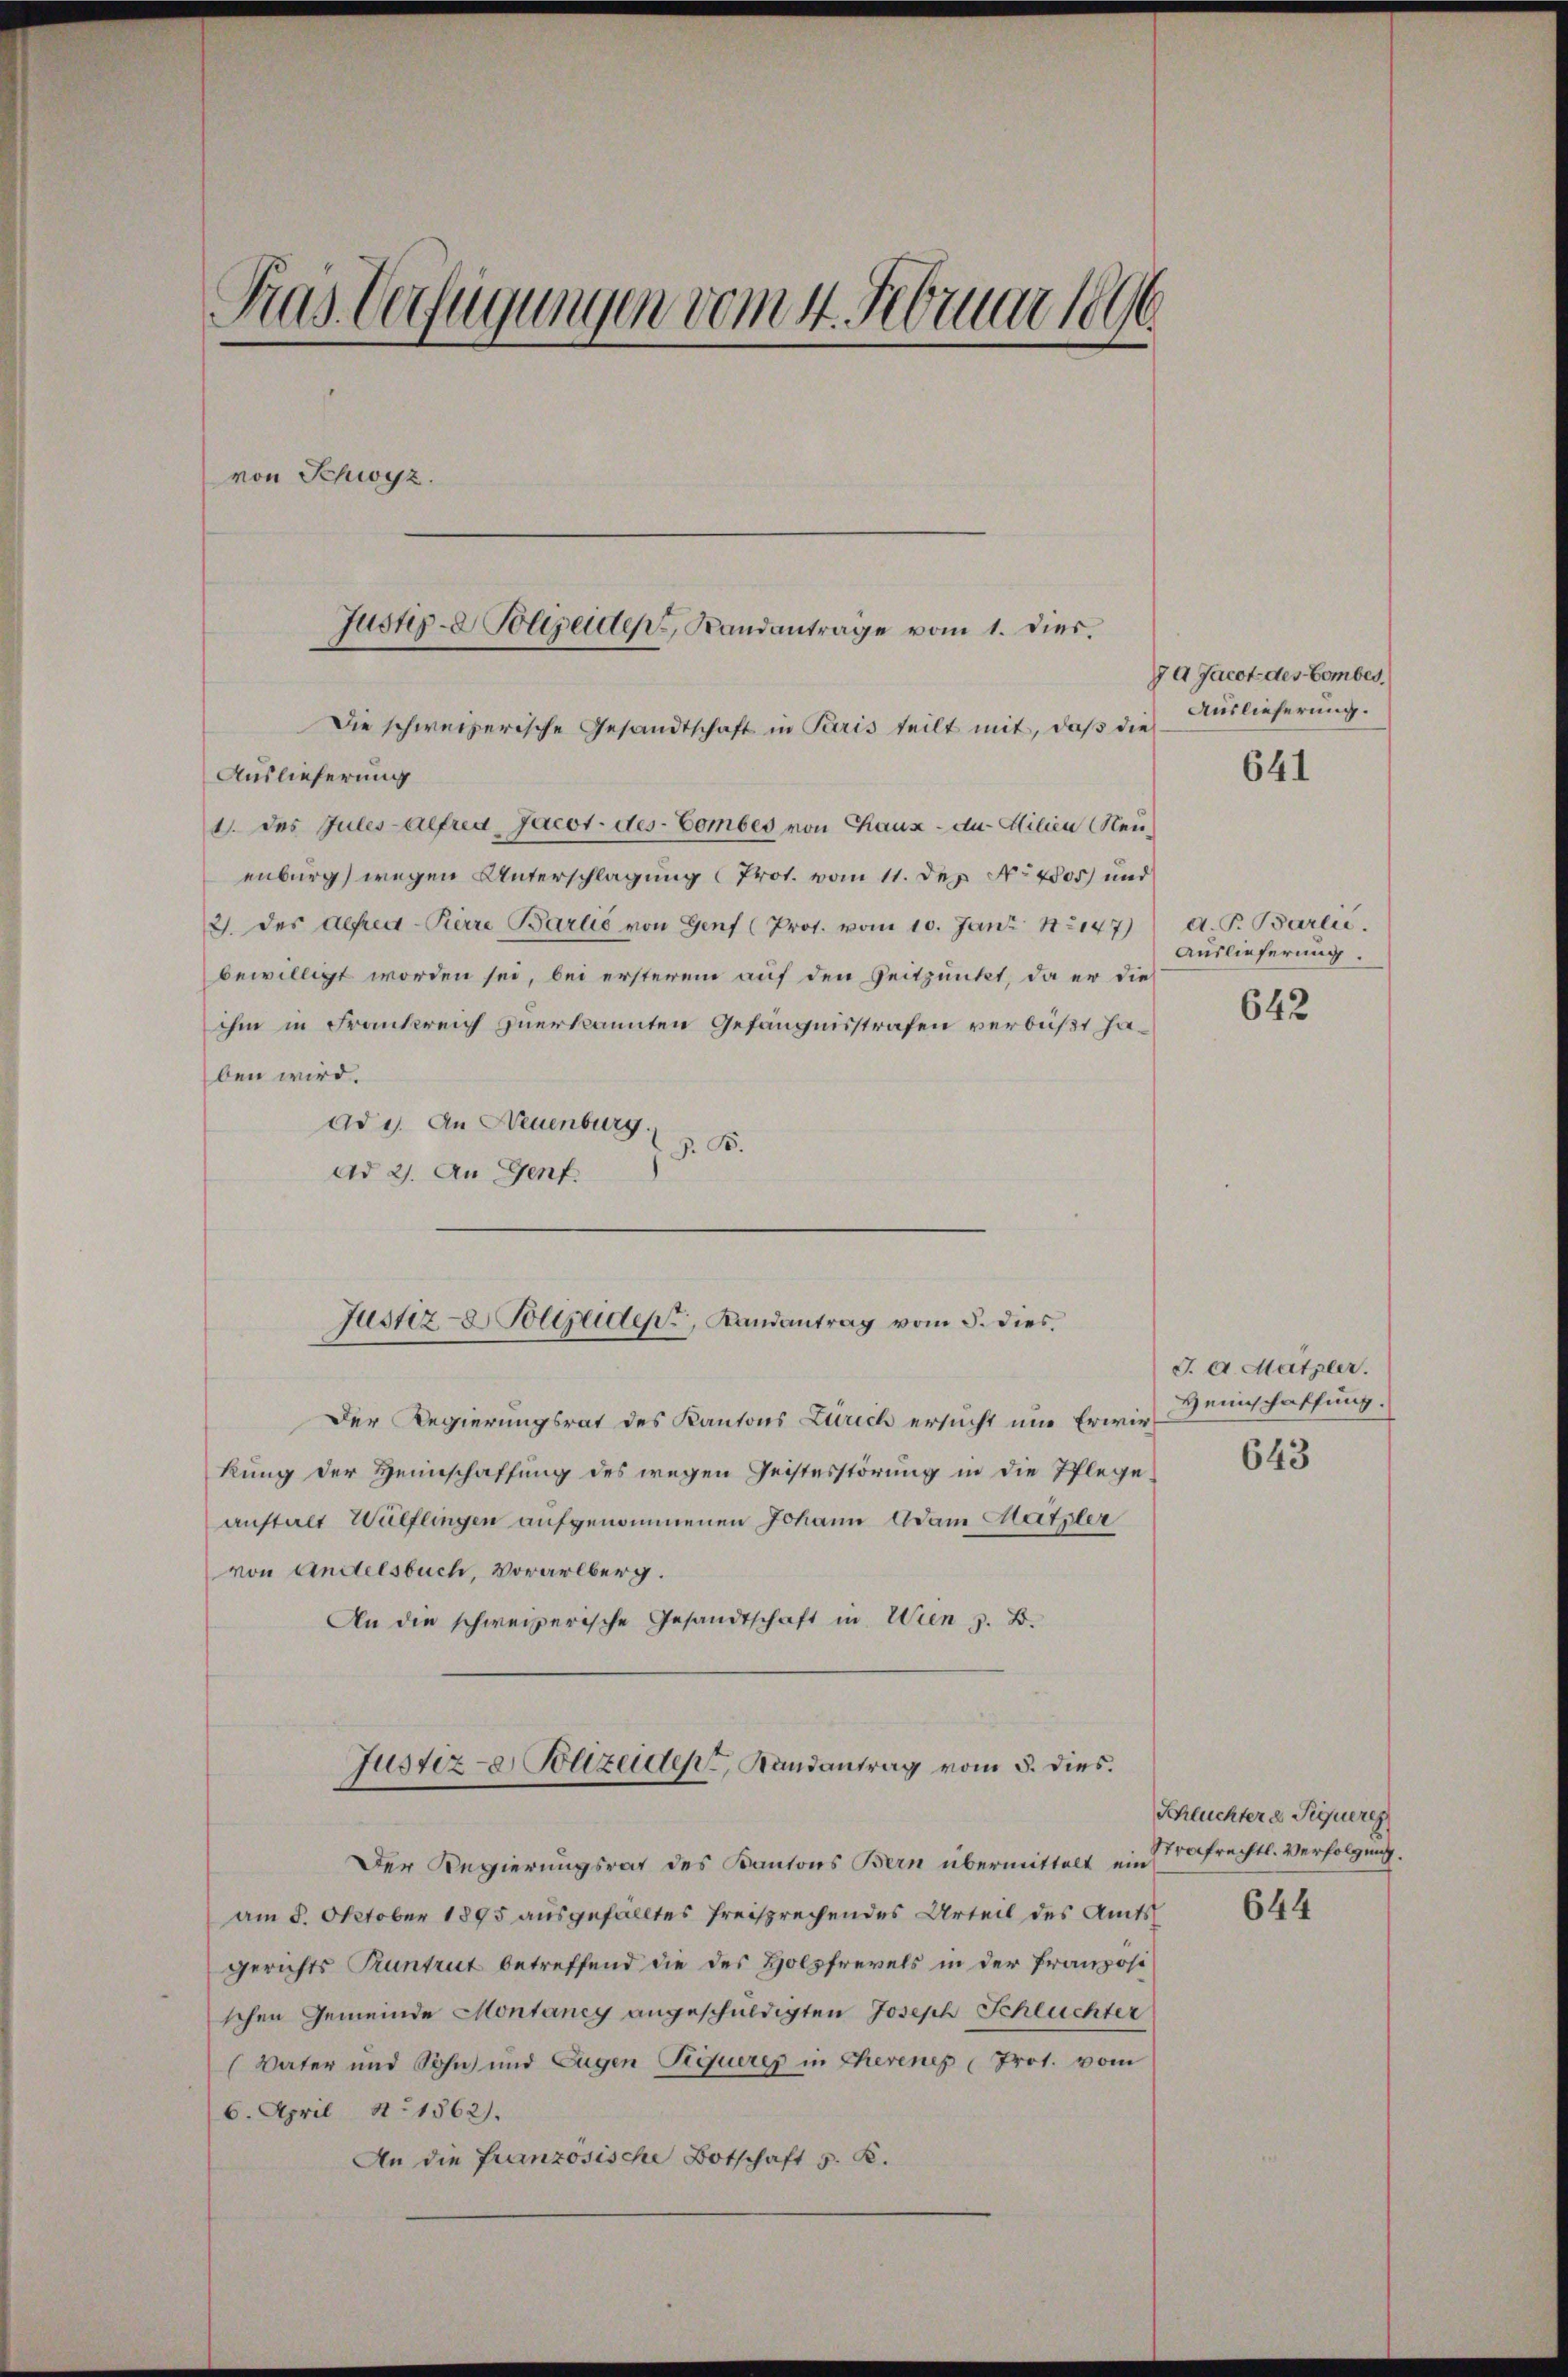
Pras Verfügungen vom 4. Februar 1896
von Schwyz.
Justiz- & Polizeiden Randantrage vom 1. dies.
Die schweizerische Gesandtschaft in Paris teilt mit, daβ die
Auslieferung

1. des Jules-alfred Jacot-des-Combes von Chaux-der Milien (Neu
enburg wegen Unterschlagung (Prot. vom 11. Dez. No 4805) und
2. des Alfred-Pierre Barlić von Genf (Prot. vom 10. Juni 182147)
bewilligt worden sei, bei ersterem auf den Zeitpunkt, da er die
ihm in Frankreich zuerkannten Gefängnisstrafen verbüßt haben wird.
ade. An Neuenburg
J. B.
dd 2. An Genf.

Der Regierungsrat des Kantons Zürich ersucht um Erwirkung der Heimschaffung des wegen Geistesstörung in die Pflegeanstalt Wülflingen aufgenommenen Johann Adam Matzler
von Andelsbuch, Vorarlberg.
An die schweizerische Gesandtschaft in Wien z. B.
Justiz- Polizeides Randantrag vom 5. dies
Der Regierungsrat des Kantons Bern übermittelt ein Strafrechtl. Verfolgung.
am 8. October 1895 ausgefälltes freisprechendes Urteil des Amts
gerichts Kuntrut betreffend die des Holzfrevels in der Französi
schen Gemeinde Montaney angeschuldigten Joseph Schluchter
(Vater und Sohn und Eugen Piqueres in Eherenes Prot. vom
6. April N. 1362).
An die französische Botschaft z. K.

Justiz- & Polizeiden Randantrag vom 5. dies

a Jacot des Comber.
Auslieferung.

641

d. P. Barlić.
Auslieferung.

642

J. A. Matzler.
Heimschaffung.

643

Schluchter d Treuereg

644